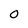
Character: O